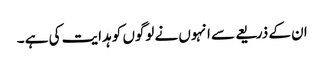
ان کے ذریعے سے انہوں نے لوگوں کو ہدایت کی ہے ۔